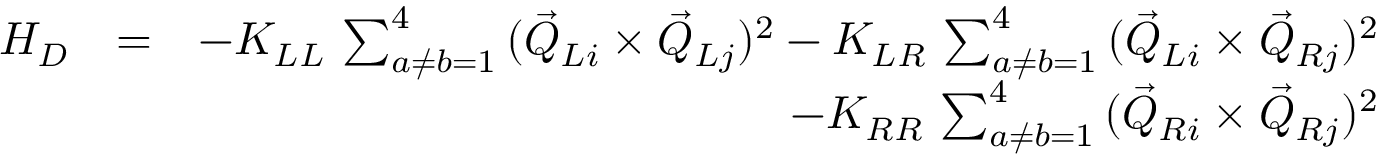
\begin{array} { r l r } { H _ { D } } & { = } & { - K _ { L L } \, \sum _ { a \neq b = 1 } ^ { 4 } \, ( \vec { Q } _ { L i } \times \vec { Q } _ { L j } ) ^ { 2 } - K _ { L R } \, \sum _ { a \neq b = 1 } ^ { 4 } \, ( \vec { Q } _ { L i } \times \vec { Q } _ { R j } ) ^ { 2 } } \\ & { } & { - K _ { R R } \, \sum _ { a \neq b = 1 } ^ { 4 } \, ( \vec { Q } _ { R i } \times \vec { Q } _ { R j } ) ^ { 2 } } \end{array}